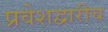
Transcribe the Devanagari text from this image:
प्रवेशद्वारीच